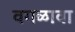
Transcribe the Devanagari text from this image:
वगळावा